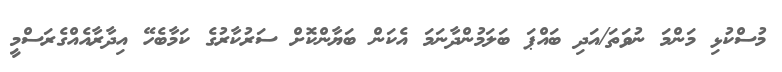
މުސްކުޅި މަންމަ ނުވަތަ/އަދި ބައްޕަ ބަލަމުންދާނަމަ އެކަން ބަޔާންކޮށް ސަރުކާރުގެ ކަމާބެހޭ އިދާރާއެއްގެރަސްމީ